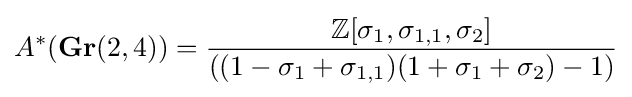
A^{*}(\mathbf {Gr} (2,4))={\frac {\mathbb {Z} [\sigma _{1},\sigma _{1,1},\sigma _{2}]}{((1-\sigma _{1}+\sigma _{1,1})(1+\sigma _{1}+\sigma _{2})-1)}}